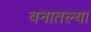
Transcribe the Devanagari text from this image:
वनातल्या